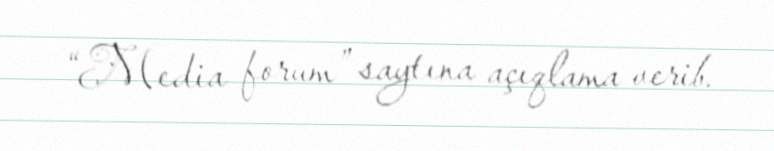
“Media forum” saytına açıqlama verib.